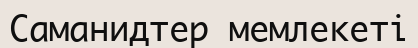
Саманидтер мемлекеті